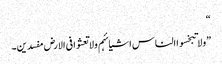
“
”ولا تبخسوا الناس اشیائہم ولا تعثوا فی الارض مفسدین۔